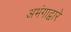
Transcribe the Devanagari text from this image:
अभंगाद्वारे